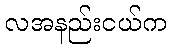
လအနည်းငယ်က